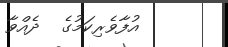
އުފާވެރިކަމުގެ  ދެއްވާ